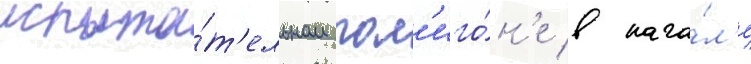
испыта́т'ельном пол'иго́н'е в нача́л'е